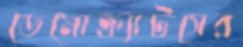
ডেমোক্র্যাটসের